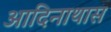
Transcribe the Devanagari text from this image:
आदिनाथास